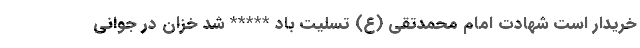
خریدار است شهادت امام محمدتقی (ع) تسلیت باد ***** شد خزان در جوانی